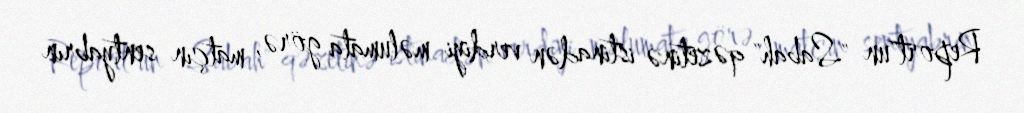
Report"un "Sabah" qəzetinə istinadən verdiyi məlumata görə, matçın sentyabrın